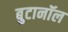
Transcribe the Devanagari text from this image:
बुटानॉल